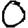
Digit: 0